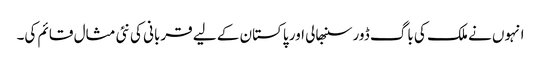
انہوں نے ملک کی باگ ڈور سنبھالی اور پاکستان کے لیے قربانی کی نئی مثال قائم کی۔